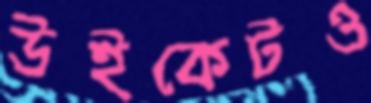
উইকেটও